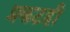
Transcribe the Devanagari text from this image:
प्रकटही